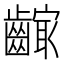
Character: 𱌣